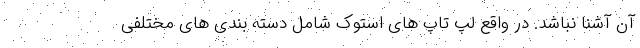
آن آشنا نباشد. در واقع لپ تاپ های استوک شامل دسته بندی های مختلفی